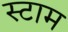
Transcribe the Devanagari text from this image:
स्टाम